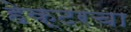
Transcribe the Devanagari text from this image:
हेक्टरचा